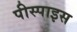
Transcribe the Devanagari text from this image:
पीस्पाइस